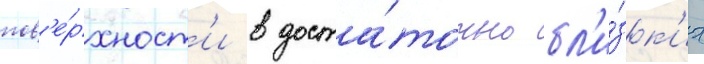
пов'е́рхност'и в доста́точно бл'и́зк'их